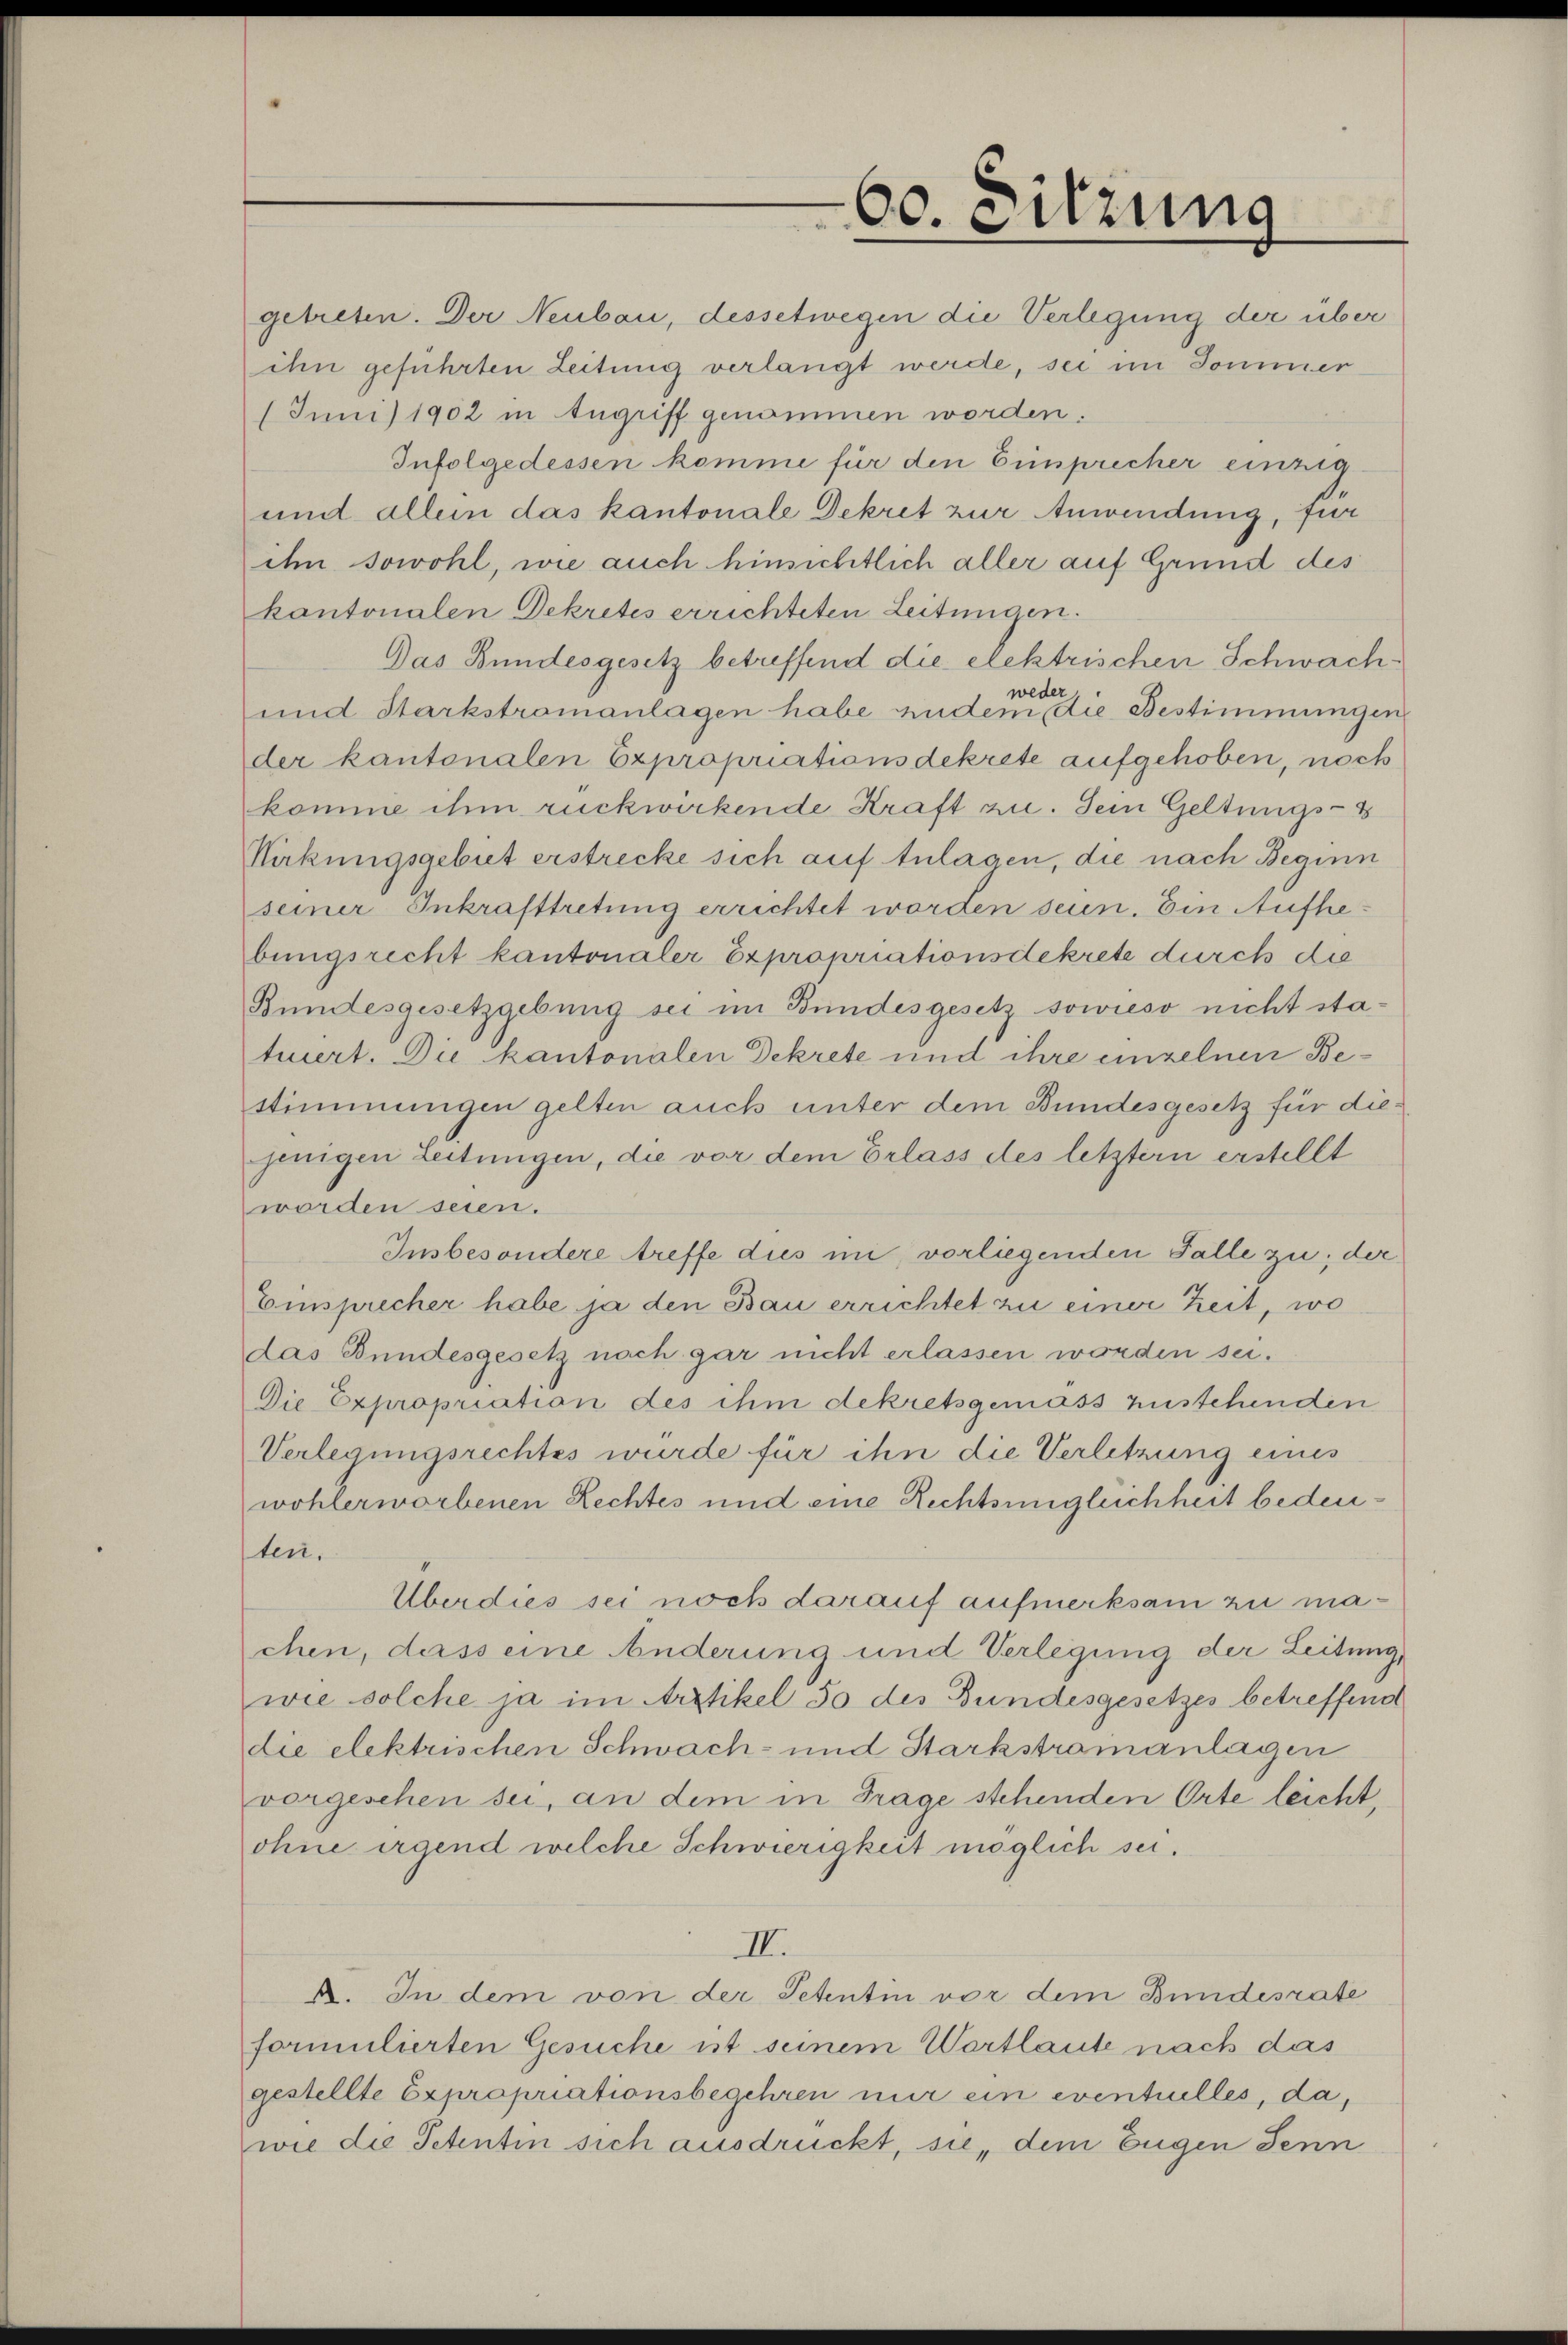
60. Sitzung

/Juni 1902 in Angriff genommen worden.
und allein das kantonale Dekret zur Anwendung, für
ihn sowohl, wie auch hinsichtlich aller auf Grund des
kantonalen Dekretes errichteten Leitungen.
Das Bundesgesetz betreffend die elektrischen Schwachweder.
und Starkstromanlagen habe andem die Bestimmungen
der kantonalen Expropriationsdekrete aufgehoben, noch
komme ihm rückwirkende Kraft zu. Sein Geltungs-S
Hirkungsgebiet erstrecke sich auf Anlagen, die nach Beginn
seiner Inkrafttretung errichtet worden sein. Ein Aufhebungsrecht kantonaler Expropriationsdekrete durch die
Bundesgesetzgebung sei im Bundesgesetz sowieso nicht statuiert. Die kantonalen Dekrete und ihre einzelnen Bestimmungen gelten auch unter dem Bundesgesetz für diejenigen Leitungen, die vor dem Erlass des letztern erstellt
worden seien.
Insbesondere treffe dies ini, vorliegenden Falle zu; der
Einsprecher habe ja den Bau errichtet zu einer Zeit, wo
das Bundesgesetz nach gar nicht erlassen worden sei.
Die Expropriation des ihm dekretsgemäss zustehenden
Verlegungsrechtes wurde für ihn die Verletzung eines
wohlerworbenen Rechtes und eine Rechtsungleichheit bedeuten.
Überdies sei noch darauf aufmerksam zu machen, dass eine Änderung und Verlegung der Leitung,
wie solche ja im Arztikel 50 des Bundesgesetzes betreffend
die elektrischen Schwach- und Starkstramanlagen
vorgesehen sei, an dem in Frage stehenden Orte leicht,
ohne irgend welche Schwierigkeit möglich sei.
II.
A. In dem von der Petentin vor dem Bundesrate
formulierten Gesuche ist seinem Wortlaute nach das
gestellte Expropriationsbegehren nur ein eventuelles, da,
wie die Petentin sich ausdrückt, sie, dem Eugen Jenn

getreten. Der Neubau, dessetwegen die Verlegung der über
ihn geführten Zeitung verlangt werde, sei im Sommer
Infolgedessen komme für den Einsprecher einzig